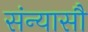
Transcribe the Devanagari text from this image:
संन्यासौ